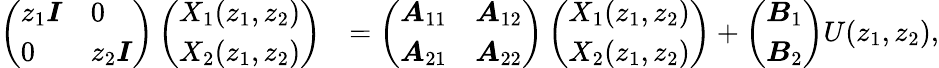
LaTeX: \begin{array}{rl}{\left(\begin{array}{ll}{z_{1}\boldsymbol{I}}&{0}\\ {0}&{z_{2}\boldsymbol{I}}\end{array}\right)\left(\begin{array}{l}{X_{1}(z_{1},z_{2})}\\ {X_{2}(z_{1},z_{2})}\end{array}\right)}&{=\left(\begin{array}{ll}{\boldsymbol{A}_{11}}&{\boldsymbol{A}_{12}}\\ {\boldsymbol{A}_{21}}&{\boldsymbol{A}_{22}}\end{array}\right)\left(\begin{array}{l}{X_{1}(z_{1},z_{2})}\\ {X_{2}(z_{1},z_{2})}\end{array}\right)+\left(\begin{array}{l}{\boldsymbol{B}_{1}}\\ {\boldsymbol{B}_{2}}\end{array}\right)U(z_{1},z_{2}),}\end{array}